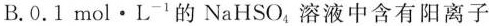
B.$$0 . 1 mol \cdot L ^ { - 1 }$$的NaHSO_{4}，溶液中含有阳离子